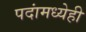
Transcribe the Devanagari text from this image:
पदांमध्येही